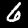
Digit: 6